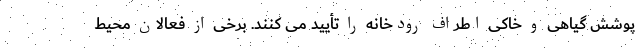
پوشش گیاهی و خاکی اطراف رودخانه را تأیید می کنند. برخی از فعالان محیط